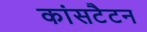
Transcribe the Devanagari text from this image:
कांसटैटन